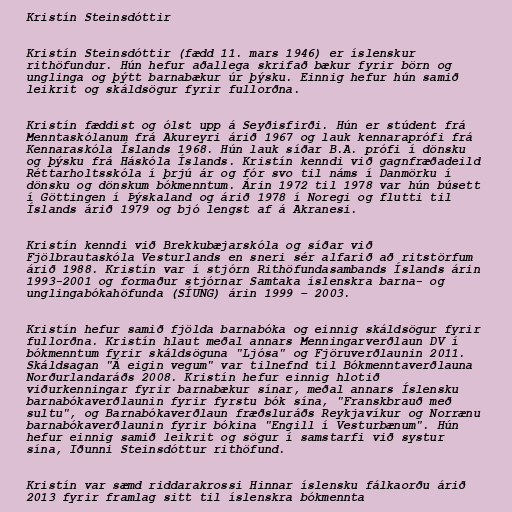
Kristín Steinsdóttir

Kristín Steinsdóttir (fædd 11. mars 1946) er íslenskur
rithöfundur. Hún hefur aðallega skrifað bækur fyrir börn og
unglinga og þýtt barnabækur úr þýsku. Einnig hefur hún samið
leikrit og skáldsögur fyrir fullorðna.

Kristín fæddist og ólst upp á Seyðisfirði. Hún er stúdent frá
Menntaskólanum frá Akureyri árið 1967 og lauk kennaraprófi frá
Kennaraskóla Íslands 1968. Hún lauk síðar B.A. prófi í dönsku
og þýsku frá Háskóla Íslands. Kristín kenndi við gagnfræðadeild
Réttarholtsskóla í þrjú ár og fór svo til náms í Danmörku í
dönsku og dönskum bókmenntum. Árin 1972 til 1978 var hún búsett
í Göttingen í Þýskaland og árið 1978 í Noregi og flutti til
Íslands árið 1979 og bjó lengst af á Akranesi.

Kristín kenndi við Brekkubæjarskóla og síðar við
Fjölbrautaskóla Vesturlands en sneri sér alfarið að ritstörfum
árið 1988. Kristín var í stjórn Rithöfundasambands Íslands árin
1993-2001 og formaður stjórnar Samtaka íslenskra barna- og
unglingabókahöfunda (SÍUNG) árin 1999 – 2003.

Kristín hefur samið fjölda barnabóka og einnig skáldsögur fyrir
fullorðna. Kristín hlaut meðal annars Menningarverðlaun DV í
bókmenntum fyrir skáldsöguna "Ljósa" og Fjöruverðlaunin 2011.
Skáldsagan "Á eigin vegum" var tilnefnd til Bókmenntaverðlauna
Norðurlandaráðs 2008. Kristín hefur einnig hlotið
viðurkenningar fyrir barnabækur sínar, meðal annars Íslensku
barnabókaverðlaunin fyrir fyrstu bók sína, "Franskbrauð með
sultu", og Barnabókaverðlaun fræðsluráðs Reykjavíkur og Norrænu
barnabókaverðlaunin fyrir bókina "Engill í Vesturbænum". Hún
hefur einnig samið leikrit og sögur í samstarfi við systur
sína, Iðunni Steinsdóttur rithöfund.

Kristín var sæmd riddarakrossi Hinnar íslensku fálkaorðu árið
2013 fyrir framlag sitt til íslenskra bókmennta